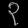
Digit: ၃